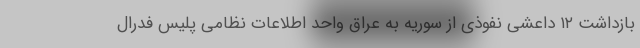
بازداشت ۱۲ داعشی نفوذی از سوریه به عراق واحد اطلاعات نظامی پلیس فدرال